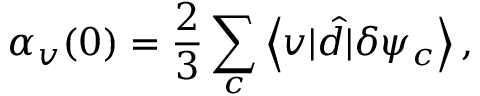
\alpha _ { v } ( 0 ) = \frac { 2 } { 3 } \sum _ { c } \left\langle v | \hat { d } | \delta \psi _ { c } \right\rangle ,